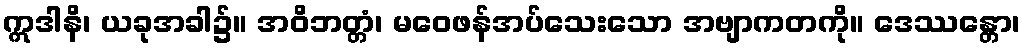
ဣဒါနိ၊ ယခုအခါ၌။ အဝိဘတ္တံ၊ မဝေဖန်အပ်သေးသော အဗျာကတကို။ ဒေဿန္တော၊